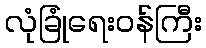
လုံခြုံရေးဝန်ကြီး